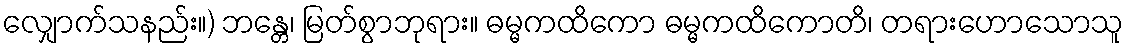
လျှောက်သနည်း။) ဘန္တေ၊ မြတ်စွာဘုရား။ ဓမ္မကထိကော ဓမ္မကထိကောတိ၊ တရားဟောသောသူ